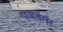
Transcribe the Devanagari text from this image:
एजर्बर्गर